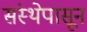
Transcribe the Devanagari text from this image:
संस्थेपासून